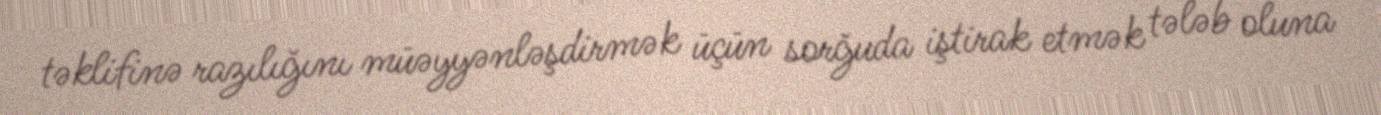
təklifinə razılığını müəyyənləşdirmək üçün sorğuda iştirak etmək tələb oluna